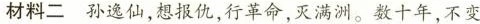
材料二孙逸仙，想报仇，行革命，灭满洲。数十年，不变